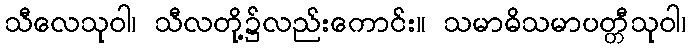
သီလေသုဝါ၊ သီလတို့၌လည်းကောင်း။ သမာဓိသမာပတ္တီသုဝါ၊